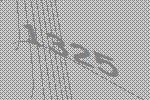
1325